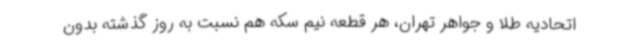
اتحادیه طلا و جواهر تهران، هر قطعه نیم سکه هم نسبت به روز گذشته بدون